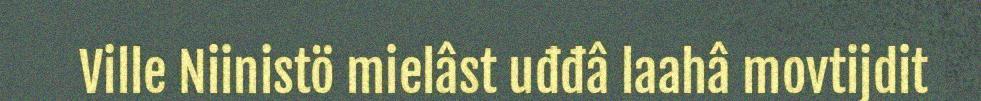
Ville Niinistö mielâst uđđâ laahâ movtijdit